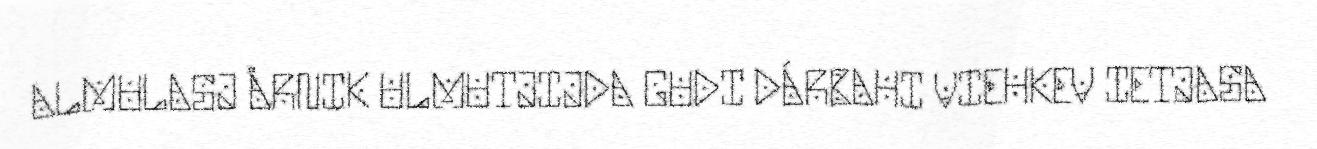
ALMULASJ ÅRNIK ULMUTJIJDA GUDI DÁRBAHI VIEHKEV IETJASA